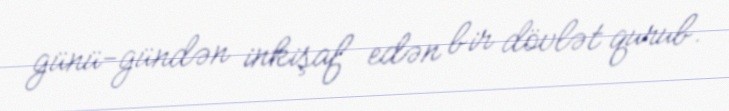
günü-gündən inkişaf edən bir dövlət qurub.